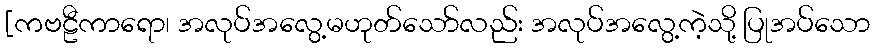
[ကဗဠီကာရော၊ အလုပ်အလွေ့မဟုတ်သော်လည်း အလုပ်အလွေ့ကဲ့သို့ ပြုအပ်သော